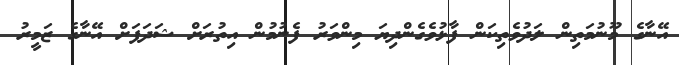
އޭނާގެ މޫނުމަތިން ލަދުވެތިކަން ފާޅުވެގެންދިޔަ މިންވަރު ފެނުމުން އިތުރަށް ޝަދަފަށް އޭނާގެ ޒަމީރު